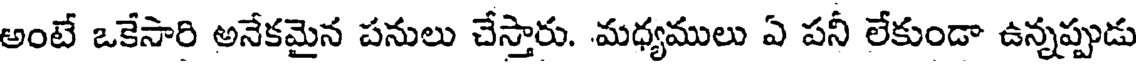
అంటే ఒకేసారి అనేకమైన పనులు చేస్తారు. మధ్యములు ఏ పనీ లేకుండా ఉన్నప్పుడు